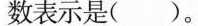
数表示是( )。